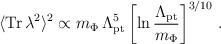
\begin{align*}\langle {\rm Tr}\,\lambda^2\rangle^2 \propto m_\Phi \, \Lambda_{\rm pt}^5 \left[\ln \frac{\Lambda_{\rm pt}}{m_\Phi }\right]^{3/10}\,.\end{align*}